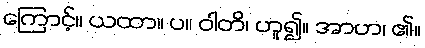
ကြောင့်။ ယထာ။ ပ။ ဝါတိ၊ ဟူ၍။ အာဟ၊ ၏။